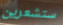
ستشعرين